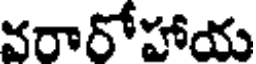
వరారోహాయ